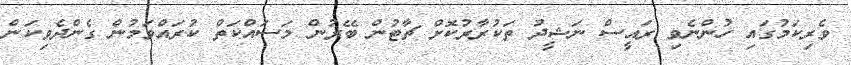
ވެރިކަމުގައި ހުންނެވި ރައީސް ނަޝީދު ތަކުރާރުކޮށް ޗާޓުން ބޭރުން މަސައްކަތް ކުރައްވަމުން ގެންދެވިކަން